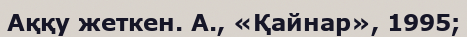
Аққу жеткен. А., «Қайнар», 1995;